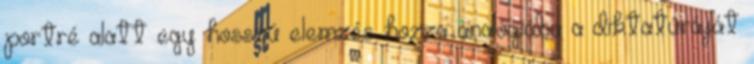
portré alatt egy hosszú elemzés hozza analógiába a diktatúráját